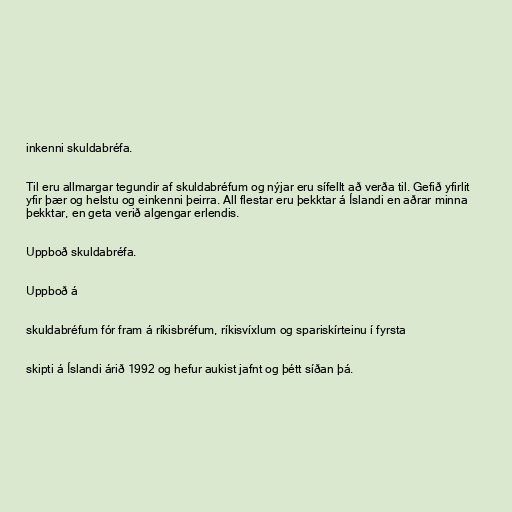
inkenni skuldabréfa.

Til eru allmargar tegundir af skuldabréfum og nýjar eru sífellt að verða til. Gefið yfirlit
yfir þær og helstu og einkenni þeirra. All flestar eru þekktar á Íslandi en aðrar minna
þekktar, en geta verið algengar erlendis.

Uppboð skuldabréfa.

Uppboð á

skuldabréfum fór fram á ríkisbréfum, ríkisvíxlum og spariskírteinu í fyrsta

skipti á Íslandi árið 1992 og hefur aukist jafnt og þétt síðan þá.